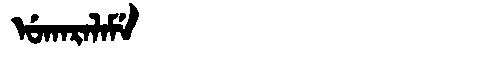
Manchu: ᡠᡴᠠᡵᠠᠯᠠᠮᡝ
Romanization: UKARALAME